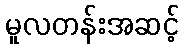
မူလတန်းအဆင့်